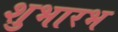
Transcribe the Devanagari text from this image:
शुभारभ